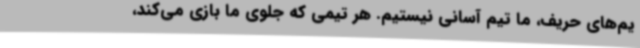
یم‌های حریف، ما تیم آسانی نیستیم. هر تیمی که جلوی ما بازی می‌کند،